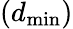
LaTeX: (d_{\mathrm{min}})